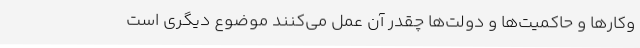
‌وکارها و حاکمیت‌ها و دولت‌ها چقدر آن عمل می‌کنند موضوع دیگری است